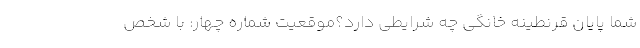
شما پایان قرنطینه خانگی چه شرایطی دارد؟موقعیت شمارهٔ چهار: با شخص